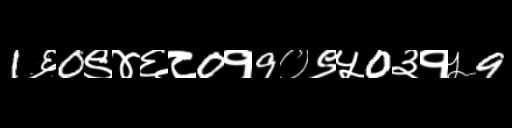
Text: 1६0९४६८0१9०९५0३१५9